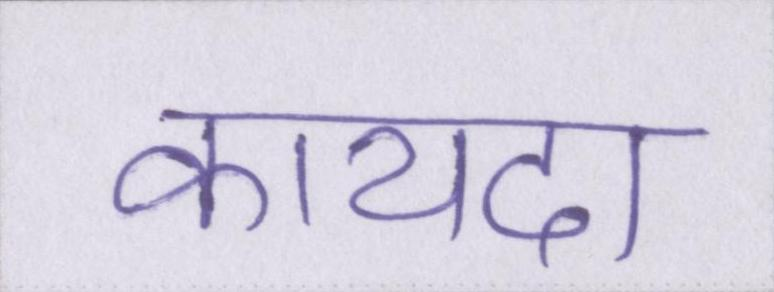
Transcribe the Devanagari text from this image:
कायदा